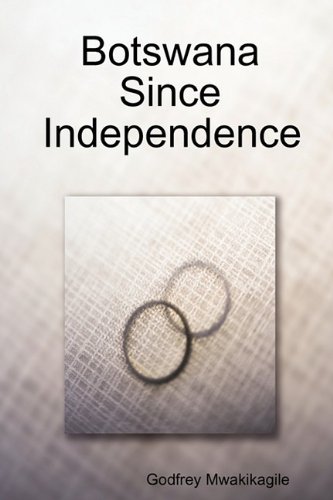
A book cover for Botswana Since Independence; Godfrey Mwakikagile; Travel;